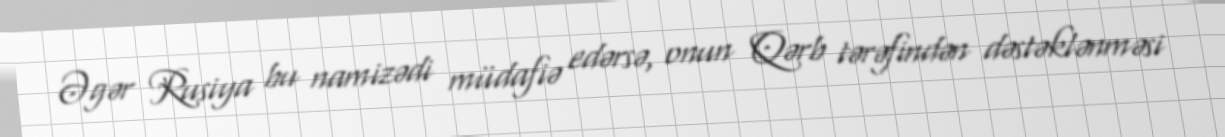
Əgər Rusiya bu namizədi müdafiə edərsə, onun Qərb tərəfindən dəstəklənməsi